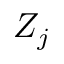
Z _ { j }